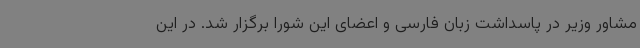
مشاور وزیر در پاسداشت زبان فارسی و اعضای این شورا برگزار شد. در این